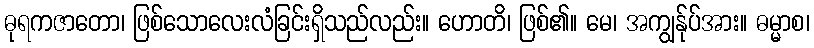
ဓုရကဇာတော၊ ဖြစ်သောလေးလံခြင်းရှိသည်လည်း။ ဟောတိ၊ ဖြစ်၏။ မေ၊ အကျွန်ုပ်အား။ ဓမ္မာစ၊